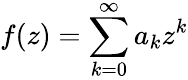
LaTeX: f(z)=\sum_{k=0}^{\infty}a_{k}z^{k}